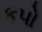
કપો